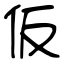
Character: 仮